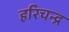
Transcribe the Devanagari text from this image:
हरिचन्द्र